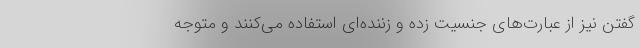
گفتن نیز از عبارت‌های جنسیت زده و زننده‌ای استفاده می‌کنند و متوجه